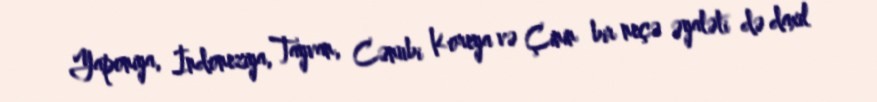
Yaponiya, İndoneziya, Tayvan, Cənubi Koreya və Çinin bir neçə əyaləti də daxil